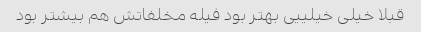
قبلا خیلی خیلییی بهتر بود فیله مخلفاتش هم بیشتر بود